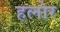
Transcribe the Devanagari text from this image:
हलोर